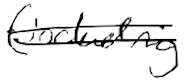
Text: (including
Cross-out: double-line
Writing tool: digital_black